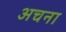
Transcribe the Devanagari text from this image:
अचना